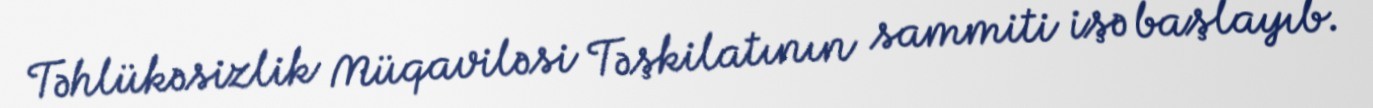
Təhlükəsizlik Müqaviləsi Təşkilatının sammiti işə başlayıb.